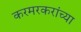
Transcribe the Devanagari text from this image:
करमरकरांच्या